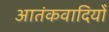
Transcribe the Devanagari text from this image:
आतंकवादियोँ